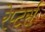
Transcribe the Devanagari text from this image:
रेप्‍टर्स